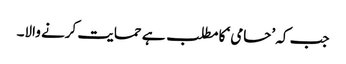
جب کہ ’حامی‘ کا مطلب ہے حمایت کرنے والا۔